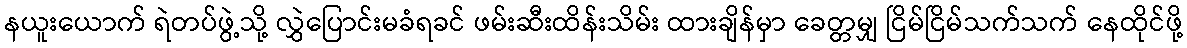
နယူးယောက် ရဲတပ်ဖွဲ့သို့ လွှဲပြောင်းမခံရခင် ဖမ်းဆီးထိန်းသိမ်း ထားချိန်မှာ ခေတ္တမျှ ငြိမ်ငြိမ်သက်သက် နေထိုင်ဖို့